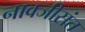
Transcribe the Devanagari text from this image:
नावजीसंत